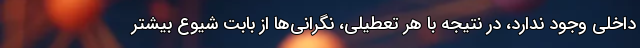
داخلی وجود ندارد، در نتیجه با هر تعطیلی، نگرانی‌ها از بابت شیوع بیشتر